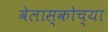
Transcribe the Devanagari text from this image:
वेलास्कोच्या